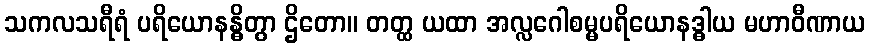
သကလသရီရံ ပရိယောနန္ဓိတွာ ဌိတော။ တတ္ထ ယထာ အလ္လဂေါစမ္မပရိယောနဒ္ဓါယ မဟာဝီဏာယ